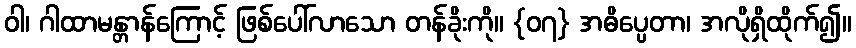
ဝါ၊ ဂါထာမန္တာန်ကြောင့် ဖြစ်ပေါ်လာသော တန်ခိုးကို။ {၀၇} အဓိပ္ပေတာ၊ အလိုရှိထိုက်၍။